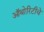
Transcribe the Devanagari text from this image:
ऑथोरिटीचे